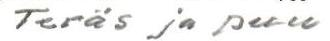
Teräs ja puu